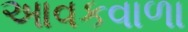
આવકવાળા